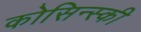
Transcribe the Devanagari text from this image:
कोसिन्स्की